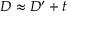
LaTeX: D \approx D ^ { \prime } + t